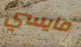
مايسي